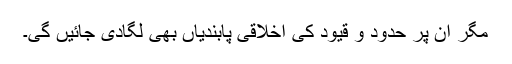
مگر ان پر حدود و قیود کی اخلاقی پابندیاں بھی لگادی جائیں گی۔